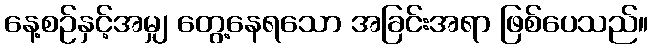
နေ့စဉ်နှင့်အမျှ တွေ့နေရသော အခြင်းအရာ ဖြစ်ပေသည်။